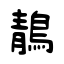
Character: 鶄